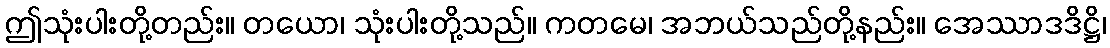
ဤသုံးပါးတို့တည်း။ တယော၊ သုံးပါးတို့သည်။ ကတမေ၊ အဘယ်သည်တို့နည်း။ အေဿာဒဒိဋ္ဌိ၊